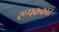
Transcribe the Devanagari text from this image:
रूपककार